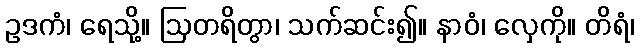
ဥဒကံ၊ ရေသို့။ ဩတရိတွာ၊ သက်ဆင်း၍။ နာဝံ၊ လှေကို။ တိရံ၊